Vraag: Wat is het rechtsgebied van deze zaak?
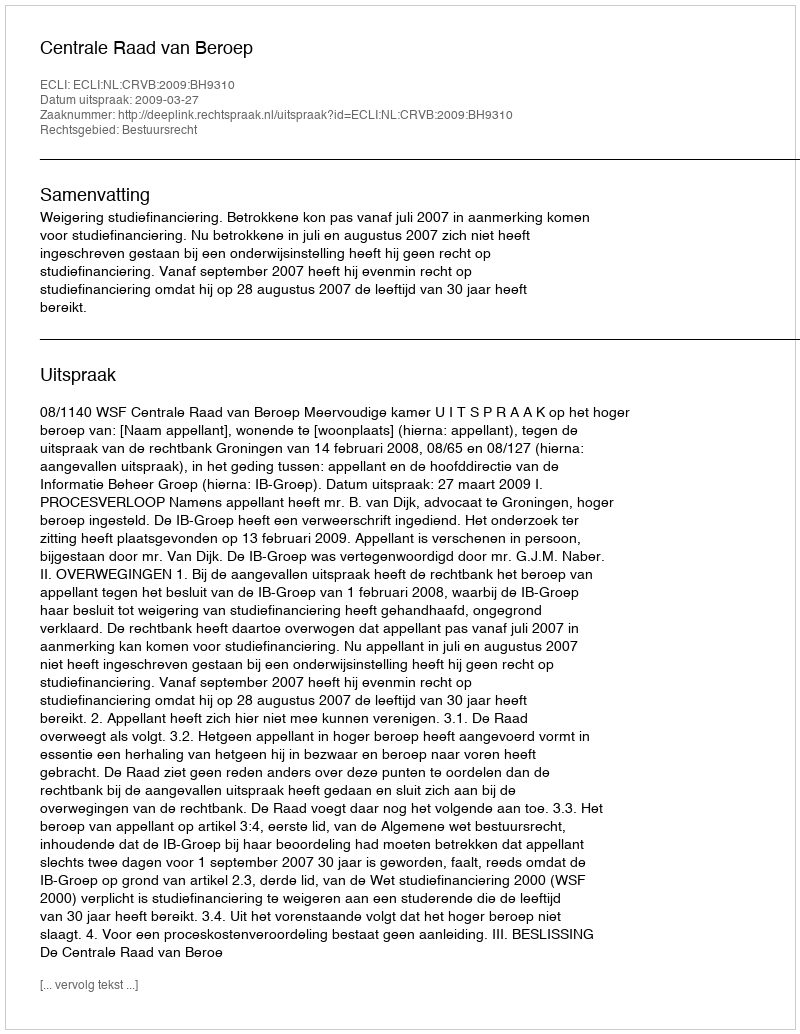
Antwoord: Bestuursrecht